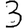
Digit: 3